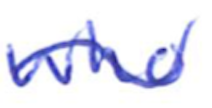
Text: who
Cross-out: wave
Writing tool: ballpoint